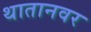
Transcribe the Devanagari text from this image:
थातानवर